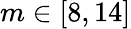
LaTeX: m\in[8,14]